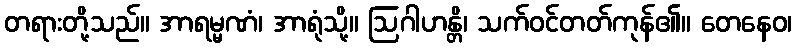
တရားတို့သည်။ အာရမ္မဏံ၊ အာရုံသို့။ ဩဂါဟန္တိ၊ သက်ဝင်တတ်ကုန်၏။ တေနေဝ၊